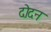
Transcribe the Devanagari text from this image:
दोदन